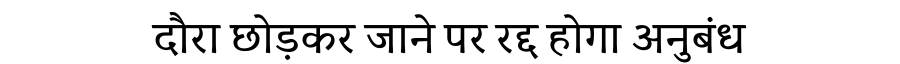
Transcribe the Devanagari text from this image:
दौरा छोड़कर जाने पर रद्द होगा अनुबंध